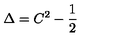
\Delta = C ^ { 2 } - { \frac { 1 } { 2 } }